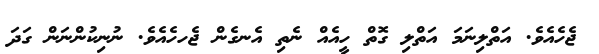
ޖެހެއެވެ. އަތްލިނަމަ އަތްލި ގޮތް ހީއެއް ނެތި އެނގެން ޖެހހެއެވެ. ނުނިކުންނަން ގަދަ